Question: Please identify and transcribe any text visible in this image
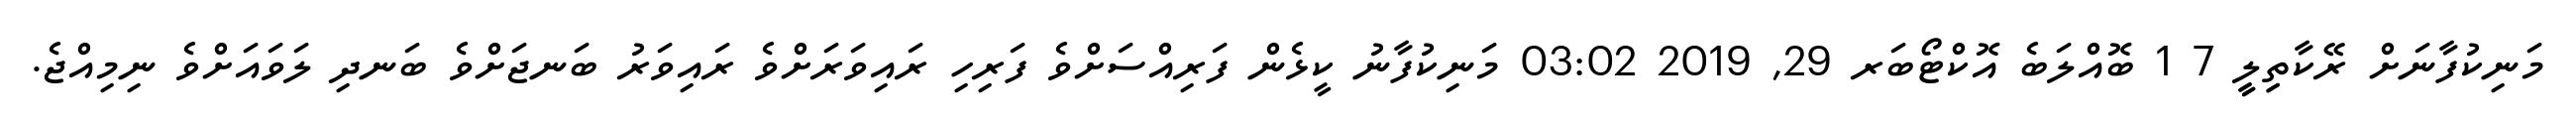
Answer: މަނިކުފާނަށް ރޭކާތިިލީީ 7 1 ބޮއްލަބެ އޮކްޓޯބަރ 29, 2019 03:02 މަނިކުފާނު ކީޅެން ފަރިއްސަށްވެ ފަރިހި ރައިވަރަށްވެ ރައިވަރު ބަނޖަށްވެ ބަނދި ލަވައަށްވެ ނިމިއްޖެ.